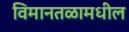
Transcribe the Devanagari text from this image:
विमानतळामधील